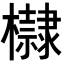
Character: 𣟌